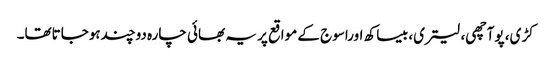
کڑی، پوآچھی، لیتری، بیساکھ اوراسوج کے مواقع پر یہ بھائی چارہ دوچندہوجاتاتھا۔